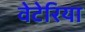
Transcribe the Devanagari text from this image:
वेटेरिया